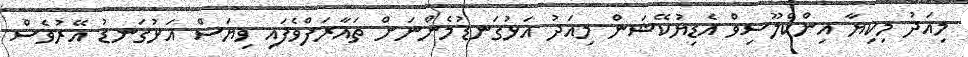
މިއަދު މިކިޔާ އިންކްލޫސިވް އެޑިޔުކޭޝަން މިއަދު އަޅުގަނޑުމެންނަށް ތައާރަފްވެފައި ވިޔަސް އަޅުގަނޑު އޭރުވެސް